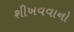
શીખવવાનો